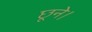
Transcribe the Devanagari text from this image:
छूने।